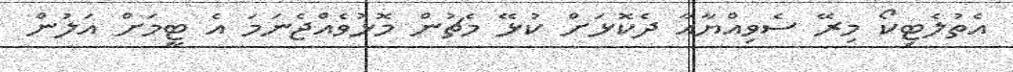
އެތުލެޓިކޯ މިރޭ ސެވިއްޔާއާ ދެކޮޅަށް ކުޅޭ މެޗުން މޮޅުވެއްޖެނަމަ އެ ޓީމަށް އަލުން